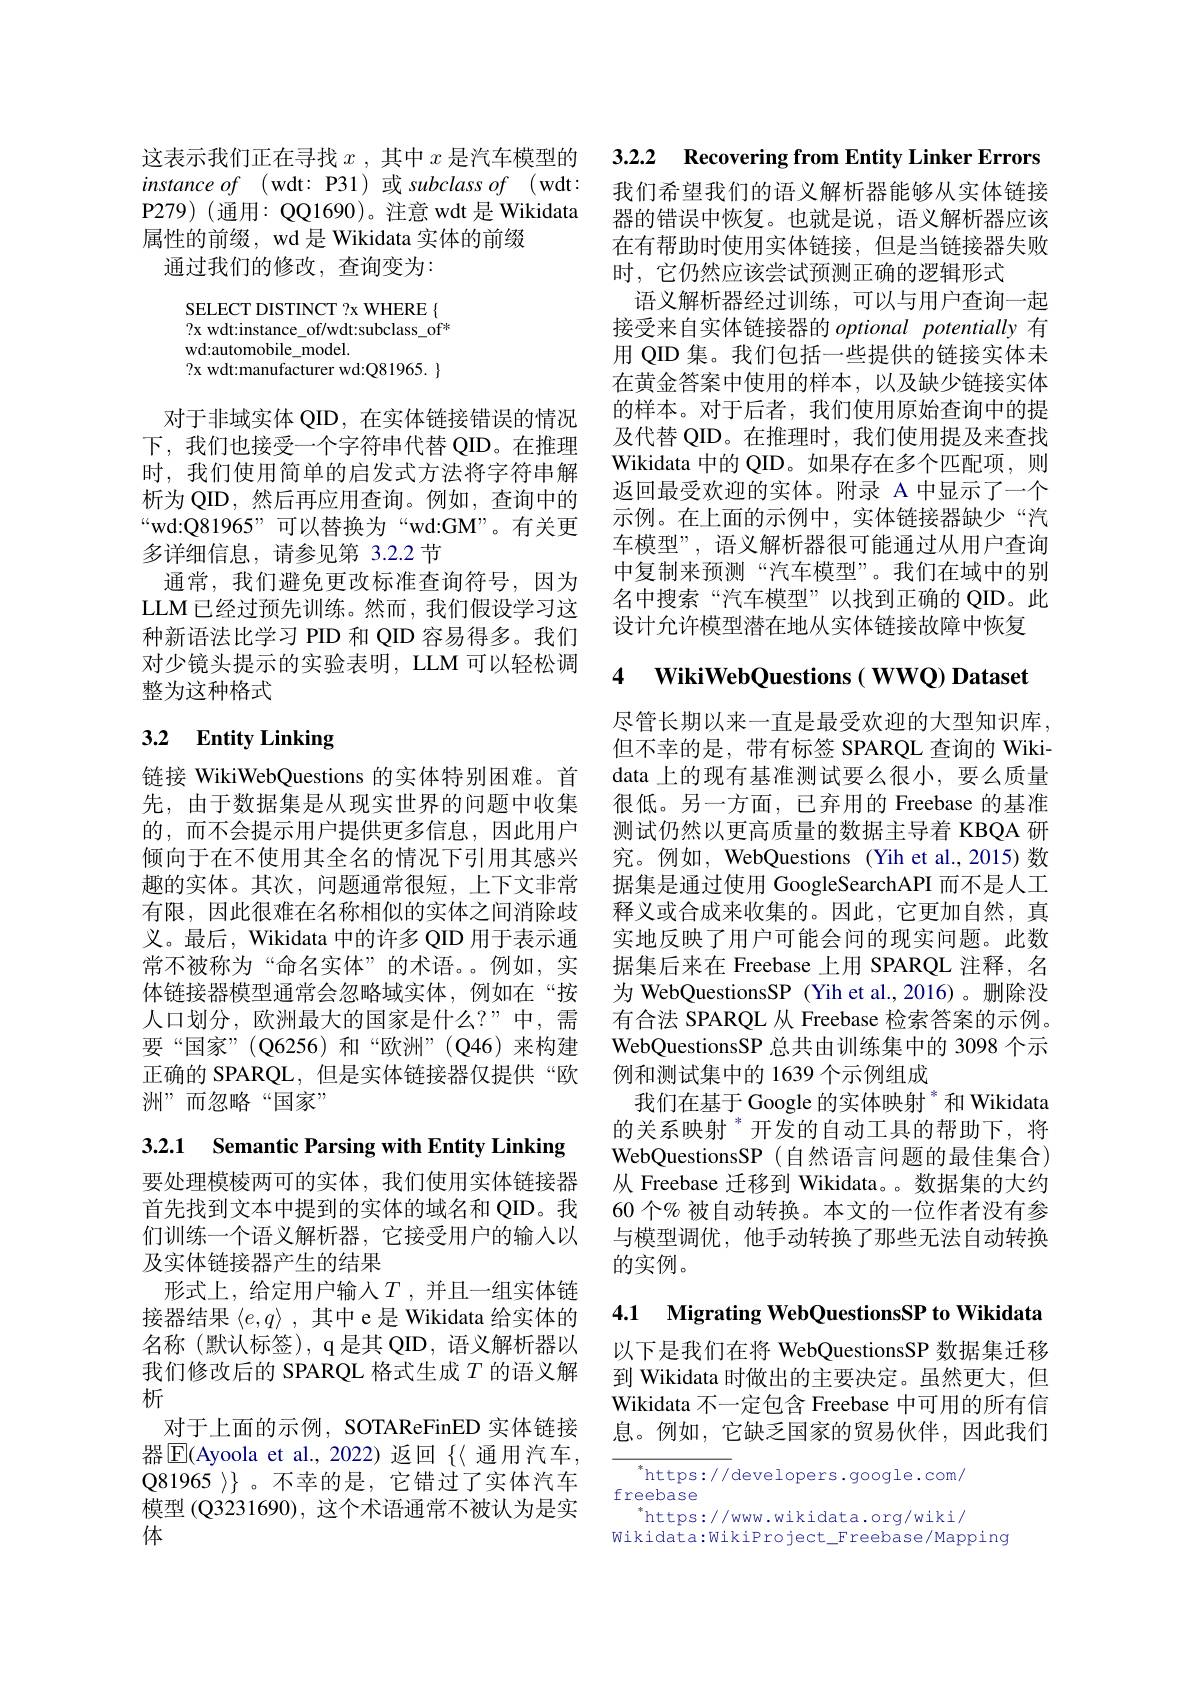
P279)(通用：QQ1690)。注意 wdt 是 Wikidata 器的错误中恢复。也就是说，语义解析器应该
属性的前缀，wd 是 Wikidata 实体的前缀
通过我们的修改，查询变为：

SELECT DISTINCT ?x WHERE{ ? x wdt: instance$\_$of/ wdt: subclass$\_$of* wd:automobile\_model.
? x wdt: manufacturer wd: Q81965. $\}$

对于非域实体 QID, 在实体链接错误的情况下，我们也接受一个字符串代替 QID。在推理时，我们使用简单的启发式方法将字符串解析为 QID, 然后再应用查询。例如，查询中的“wd:Q81965”可以替换为“wd:GM”。有关更多详细信息，请参见第 3.2.2 节
通常，我们避免更改标准查询符号，因为LLM 已经过预先训练。然而 , 我们假设学习这种新语法比学习 PID 和 QID 容易得多。我们对少镜头提示的实验表明，LLM 可以轻松调整为这种格式

## 3.2 $\textbf{Entity Linking}$

链接 WikiWebQuestions 的实体特别困难。首
先，由于数据集是从现实世界的问题中收集 很低。另一方面，已弃用的 Freebase 的基准
的，而不会提示用户提供更多信息，因此用户倾向于在不使用其全名的情况下引用其感兴趣的实体。其次，问题通常很短，上下文非常有限，因此很难在名称相似的实体之间消除歧义。最后，Wikidata 中的许多 QID 用于表示通常不被称为“命名实体”的术语。例如，实体链接器模型通常会忽略域实体，例如在“按人口划分，欧洲最大的国家是什么？”中，需要“国家”(Q6256)和“欧洲”(Q46)来构建正确的 SPARQL, 但是实体链接器仅提供“欧洲”而忽略“国家”

3.2.1 Semantic Parsing with Entity Linking

要处理模棱两可的实体，我们使用实体链接器首先找到文本中提到的实体的域名和 QID。我们训练一个语义解析器，它接受用户的输入以及实体链接器产生的结果
形式上，给定用户输入$T$,并且一组实体链接器结果$\langle e,q\rangle$ ,其中 e 是 Wikidata 给实体的名称 (默认标签), q 是其 QID, 语义解析器以我们修改后的 SPARQL 格式生成$T$的语义解析
对于上面的示例，SOTAReFinED 实体链接器|E|Ayoola et al., 2022) 返回$\{\langle$ 通用汽车， Q81965 >)。不幸的是，它错过了实体汽车模型 (Q3231690), 这个术语通常不被认为是实体

这表示我们正在寻找$x$ ,其中$x$是汽车模型的3.2.2 Recovering from Entity Linker Errors instance of (wdt: P31) 或 subclass of (wdt: 我们希望我们的语义解析器能够从实体链接

在有帮助时使用实体链接，但是当链接器失败
时，它仍然应该尝试预测正确的逻辑形式
语义解析器经过训练，可以与用户查询一起接受来自实体链接器的 optional potentially 有用 QID 集。我们包括一些提供的链接实体未在黄金答案中使用的样本，以及缺少链接实体的样本。对于后者，我们使用原始查询中的提及代替 QID。在推理时，我们使用提及来查找Wikidata 中的 QID。如果存在多个匹配项，则返回最受欢迎的实体。附录 A 中显示了一个示例。在上面的示例中，实体链接器缺少“汽车模型”, 语义解析器很可能通过从用户查询中复制来预测“汽车模型”。我们在域中的别名中搜索“汽车模型”以找到正确的 QID。此设计允许模型潜在地从实体链接故障中恢复

# 4 WikiWebQuestions( WWQ) Dataset

尽管长期以来一直是最受欢迎的大型知识库， 但不幸的是，带有标签 SPARQL 查询的 Wikidata 上的现有基准测试要么很小，要么质量测试仍然以更高质量的数据主导着 KBQA 研究。例如，WebQuestions (Yih et al.,2015) 数据集是通过使用 GoogleSearchAPI 而不是人工释义或合成来收集的。因此，它更加自然，真实地反映了用户可能会问的现实问题。此数据集后来在 Freebase 上用 SPARQL 注释，名为 WebQuestionsSP (Yih et al.,2016)。删除没有合法 SPARQL 从 Freebase 检索答案的示例。WebQuestionsSP 总共由训练集中的 3098 个示例和测试集中的 1639 个示例组成
我们在基于 Google 的实体映射 $^{*}$和 Wikidata 的关系映射$^{*}$开发的自动工具的帮助下，将WebQuestionsSP (自然语言问题的最佳集合) 从 Freebase 迁移到 Wikidata。。数据集的大约60 个% 被自动转换。本文的一位作者没有参与模型调优，他手动转换了那些无法自动转换的实例。

4.1 Migrating WebQuestionsSP to Wikidata

以下是我们在将 WebQuestionsSP 数据集迁移到 Wikidata 时做出的主要决定。虽然更大，但Wikidata 不一定包含 Freebase 中可用的所有信息。例如，它缺乏国家的贸易伙伴，因此我们

${^*\mathrm{https://}}$developers.google.com/
freebase
$^*$https://www.wikidata.org/wiki/
Wikidata: WikiProject\_Freebase/Mapping